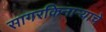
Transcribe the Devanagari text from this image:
सागरकिनार्‍याचे